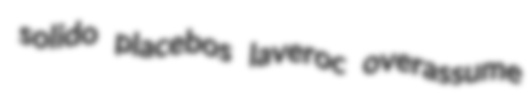
solido placebos laveroc overassume